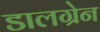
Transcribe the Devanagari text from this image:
डालग्रेन